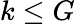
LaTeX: k\leq G